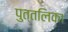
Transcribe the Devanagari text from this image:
पुत्तलिका